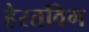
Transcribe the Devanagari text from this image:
हेरतविग